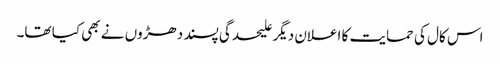
اس کال کی حمایت کا اعلان دیگر علیحدگی پسند دھڑوں نے بھی کیا تھا۔